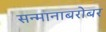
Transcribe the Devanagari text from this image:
सन्मानाबरोबर